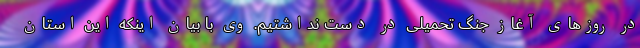
در روزهای آغاز جنگ تحمیلی در دست نداشتیم. وی با بیان اینکه این استان